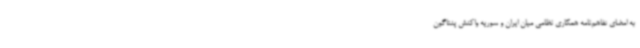
به امضای تفاهم‌نامه همکاری نظامی میان ایران و سوریه واکنش پنتاگون